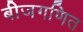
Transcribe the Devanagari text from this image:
बीजगणित